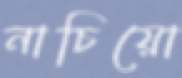
নাচিয়ো